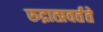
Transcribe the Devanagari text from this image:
रुद्रात्प्रवर्तते